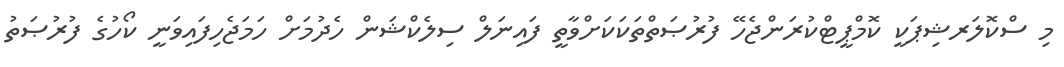
މި ސްކޮލަރޝިޕަކީ ކޮމްޕީޓްކުރަންޖެހޭ ފުރުޞަތްތަކަކަށްވާތީ ފައިނަލް ސިލެކްޝަން ހެދުމަށް ހަމަޖެހިފައިވަނީ ކޯހުގެ ފުރުޞަތު